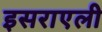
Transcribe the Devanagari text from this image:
इसराएली